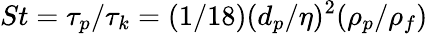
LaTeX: St=\tau_{p}/\tau_{k}=(1/18)(d_{p}/\eta)^{2}(\rho_{p}/\rho_{f})